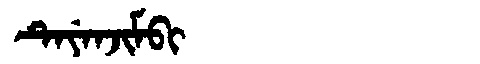
Manchu: ᡨᡝᠶᡝᠨᠵᡳᠮᠪᡳ
Romanization: TEYENJIMBI